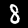
Label: 8